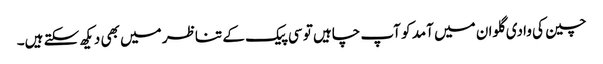
چین کی وادی گلوان میں آمد کو آپ چاہیں تو سی پیک کے تناظر میں بھی دیکھ سکتے ہیں۔